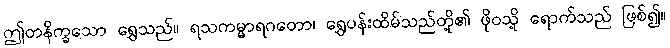
ဤတနိက္ခသော ရွှေသည်။ ရသကမ္မာရဂတော၊ ရွှေပန်းထိမ်သည်တို့၏ ဖိုဝသို့ ရောက်သည် ဖြစ်၍။